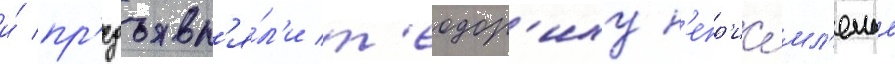
и́ пр'едъявл'я́л'и т'еодор'иху н'епр'ие́мл'емые